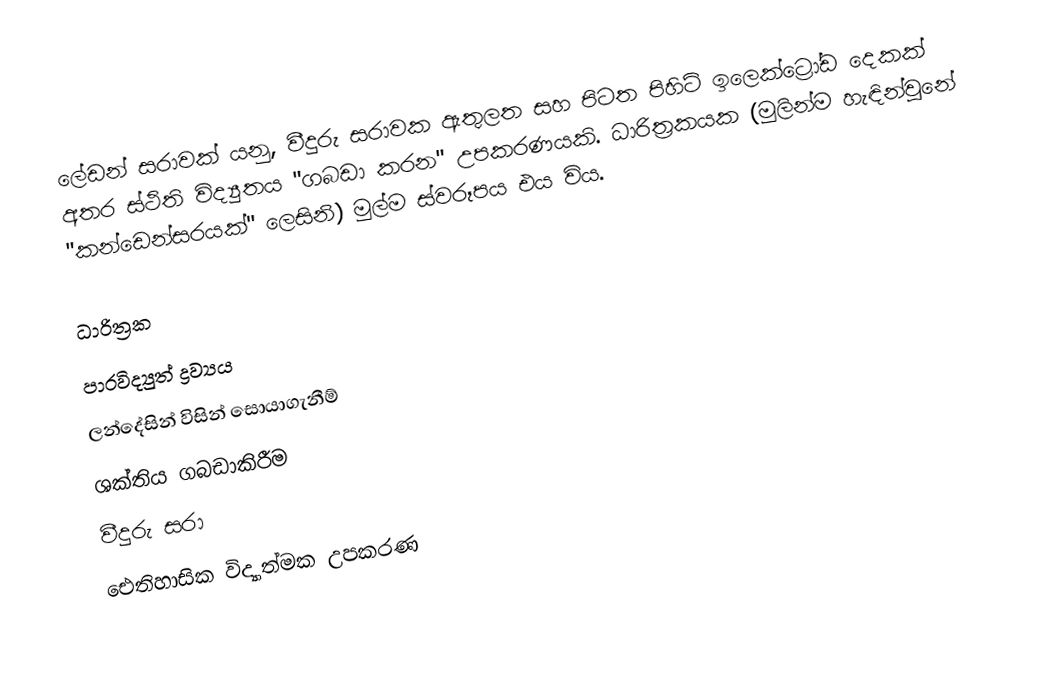
ලේඩන් සරාවක් යනු,  වීදුරු සරාවක ඇතුලත සහ පිටත පිහිටි ඉලෙක්ට්‍රෝඩ දෙකක් අතර ස්ථිති විද්‍යුතය "ගබඩා කරන" උපකරණයකි. ධාරිත්‍රකයක (මුලින්ම හැඳින්වුනේ "කන්ඩෙන්සරයක්" ලෙසිනි) මුල්ම ස්වරූපය එය විය.

ධාරිත්‍රක
පාරවිද්‍යුත් ද්‍රව්‍යය
ලන්දේසින් විසින් සොයාගැනීම්
ශක්තිය ගබඩාකිරීම
වීදුරු සරා
ඓතිහාසික විද්‍යාත්මක උපකරණ